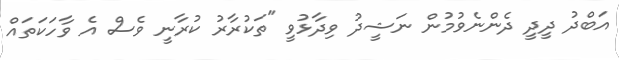
އަބްދު ދީދީ ދެންނެވުމުން ނަޝީދު ވިދާޅުވީ "ތަކުރާރު ކުރާނީ ވެސް އެ ވާހަކަތައް